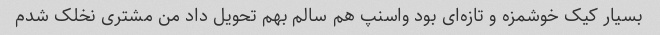
بسیار کیک خوشمزه و تازه‌ای بود واسنپ هم سالم بهم تحویل داد من مشتری نخلک شدم